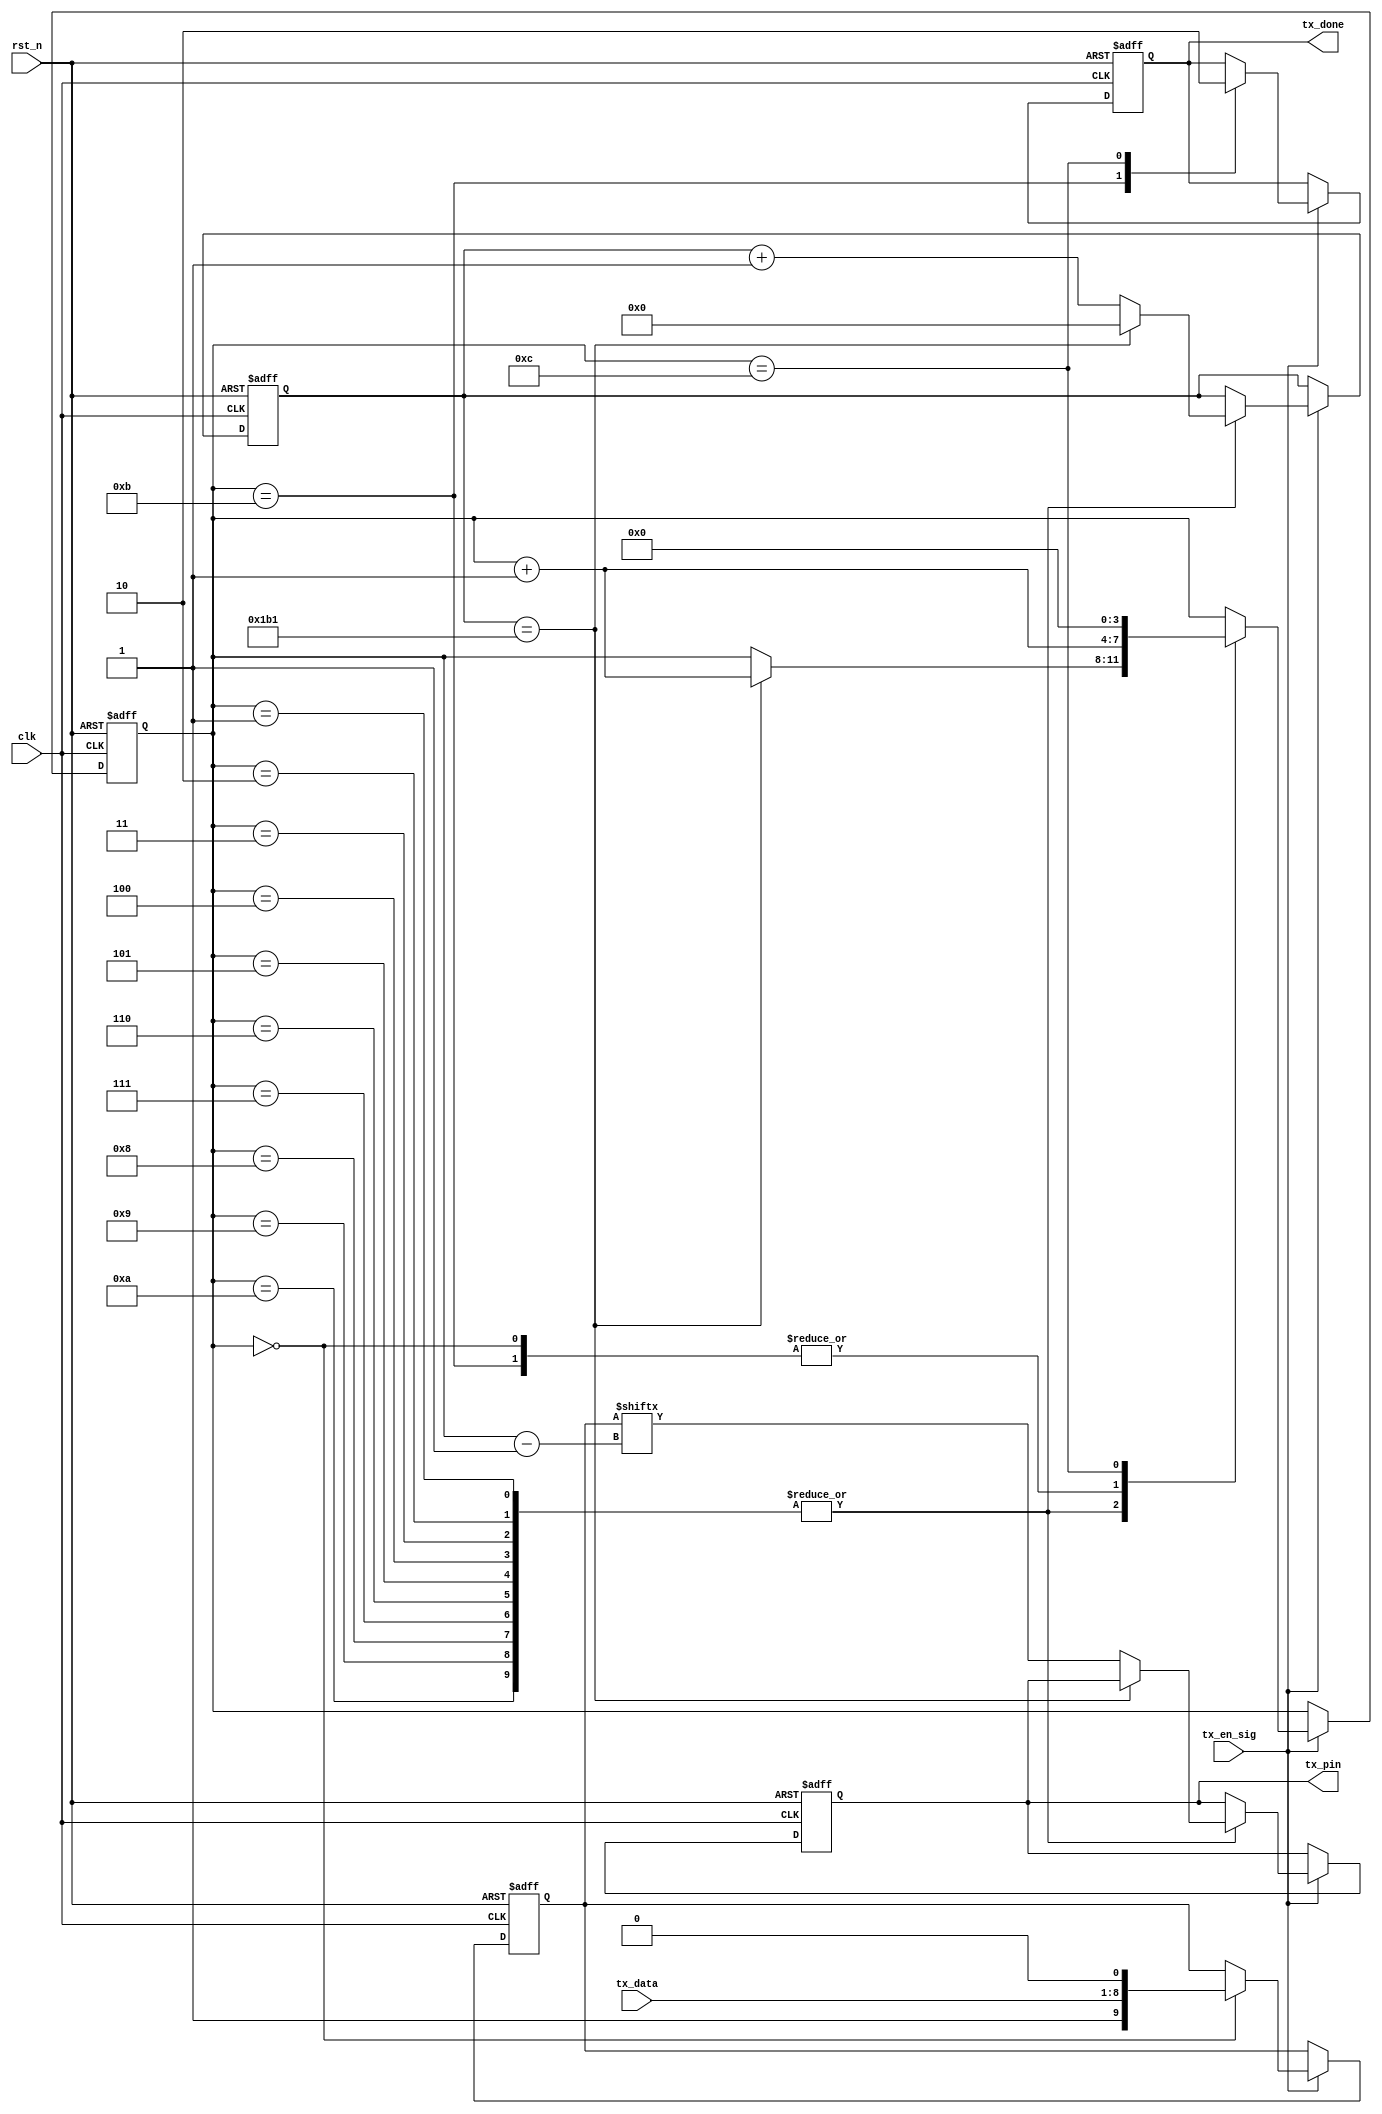
/*
 * 
 */

module tx_module
#(parameter BPS = 13'd434)
(
    clk,
    rst_n,
    tx_en_sig,
    tx_data,
    tx_done,
    tx_pin
);
    
    input clk;
    input rst_n;
    
    input tx_en_sig;
    input [7:0]tx_data;
    
    output reg tx_done;
    output reg tx_pin;
    
    /***********************/
    /*
    //bitclk
    localparam BPS_50MHz_9600   = 13'd5208;
    localparam BPS_50MHz_115200 = 13'd434;
    localparam BPS_12MHz_9600   = 13'd1250;
    localparam BPS_12MHz_115200 = 13'd104;
    */
    /***********************/
    
    reg [12:0] c1; //--maxbitclk
    reg [3:0] i;
    reg [9:0] rData; // 1bit start + 8bit data + 1bit stop
    
    always @(posedge clk or negedge rst_n)
    begin
        if(~rst_n)
        begin
            tx_done <= 1'b0;
            tx_pin <= 1'b1;
            c1 <= 13'd0;
            i <= 4'd0;
            rData <= 10'd0;
        end
        else if(tx_en_sig)
        begin
            case(i)
                
                0: //
                begin
                    rData <= {1'b1, tx_data, 1'b0};
                    i <= i + 1'b1;
                end
                
                1,2,3,4,5,6,7,8,9,10: //start + data + stop
                if(c1 == BPS-1)
                begin
                    c1 <= 13'd0;
                    i <= i + 1'b1;
                end
                else
                begin
                    tx_pin <= rData[i-1]; //LSB
                    c1 <= c1 + 1'b1;
                end
                
                11:
                begin
                    tx_done <= 1'b1;
                    i <= i + 1'b1;
                end
                
                12:
                begin
                    tx_done <= 1'b0;
                    i <= 4'd0;
                end
            
            endcase
        end
    end
    
    
endmodule

//50Mhz 115200bps
//1clk = 20ns
//1bit = 8.68us
//1+10*(434)+2=4343clk = 86.86us